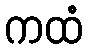
ကထံ